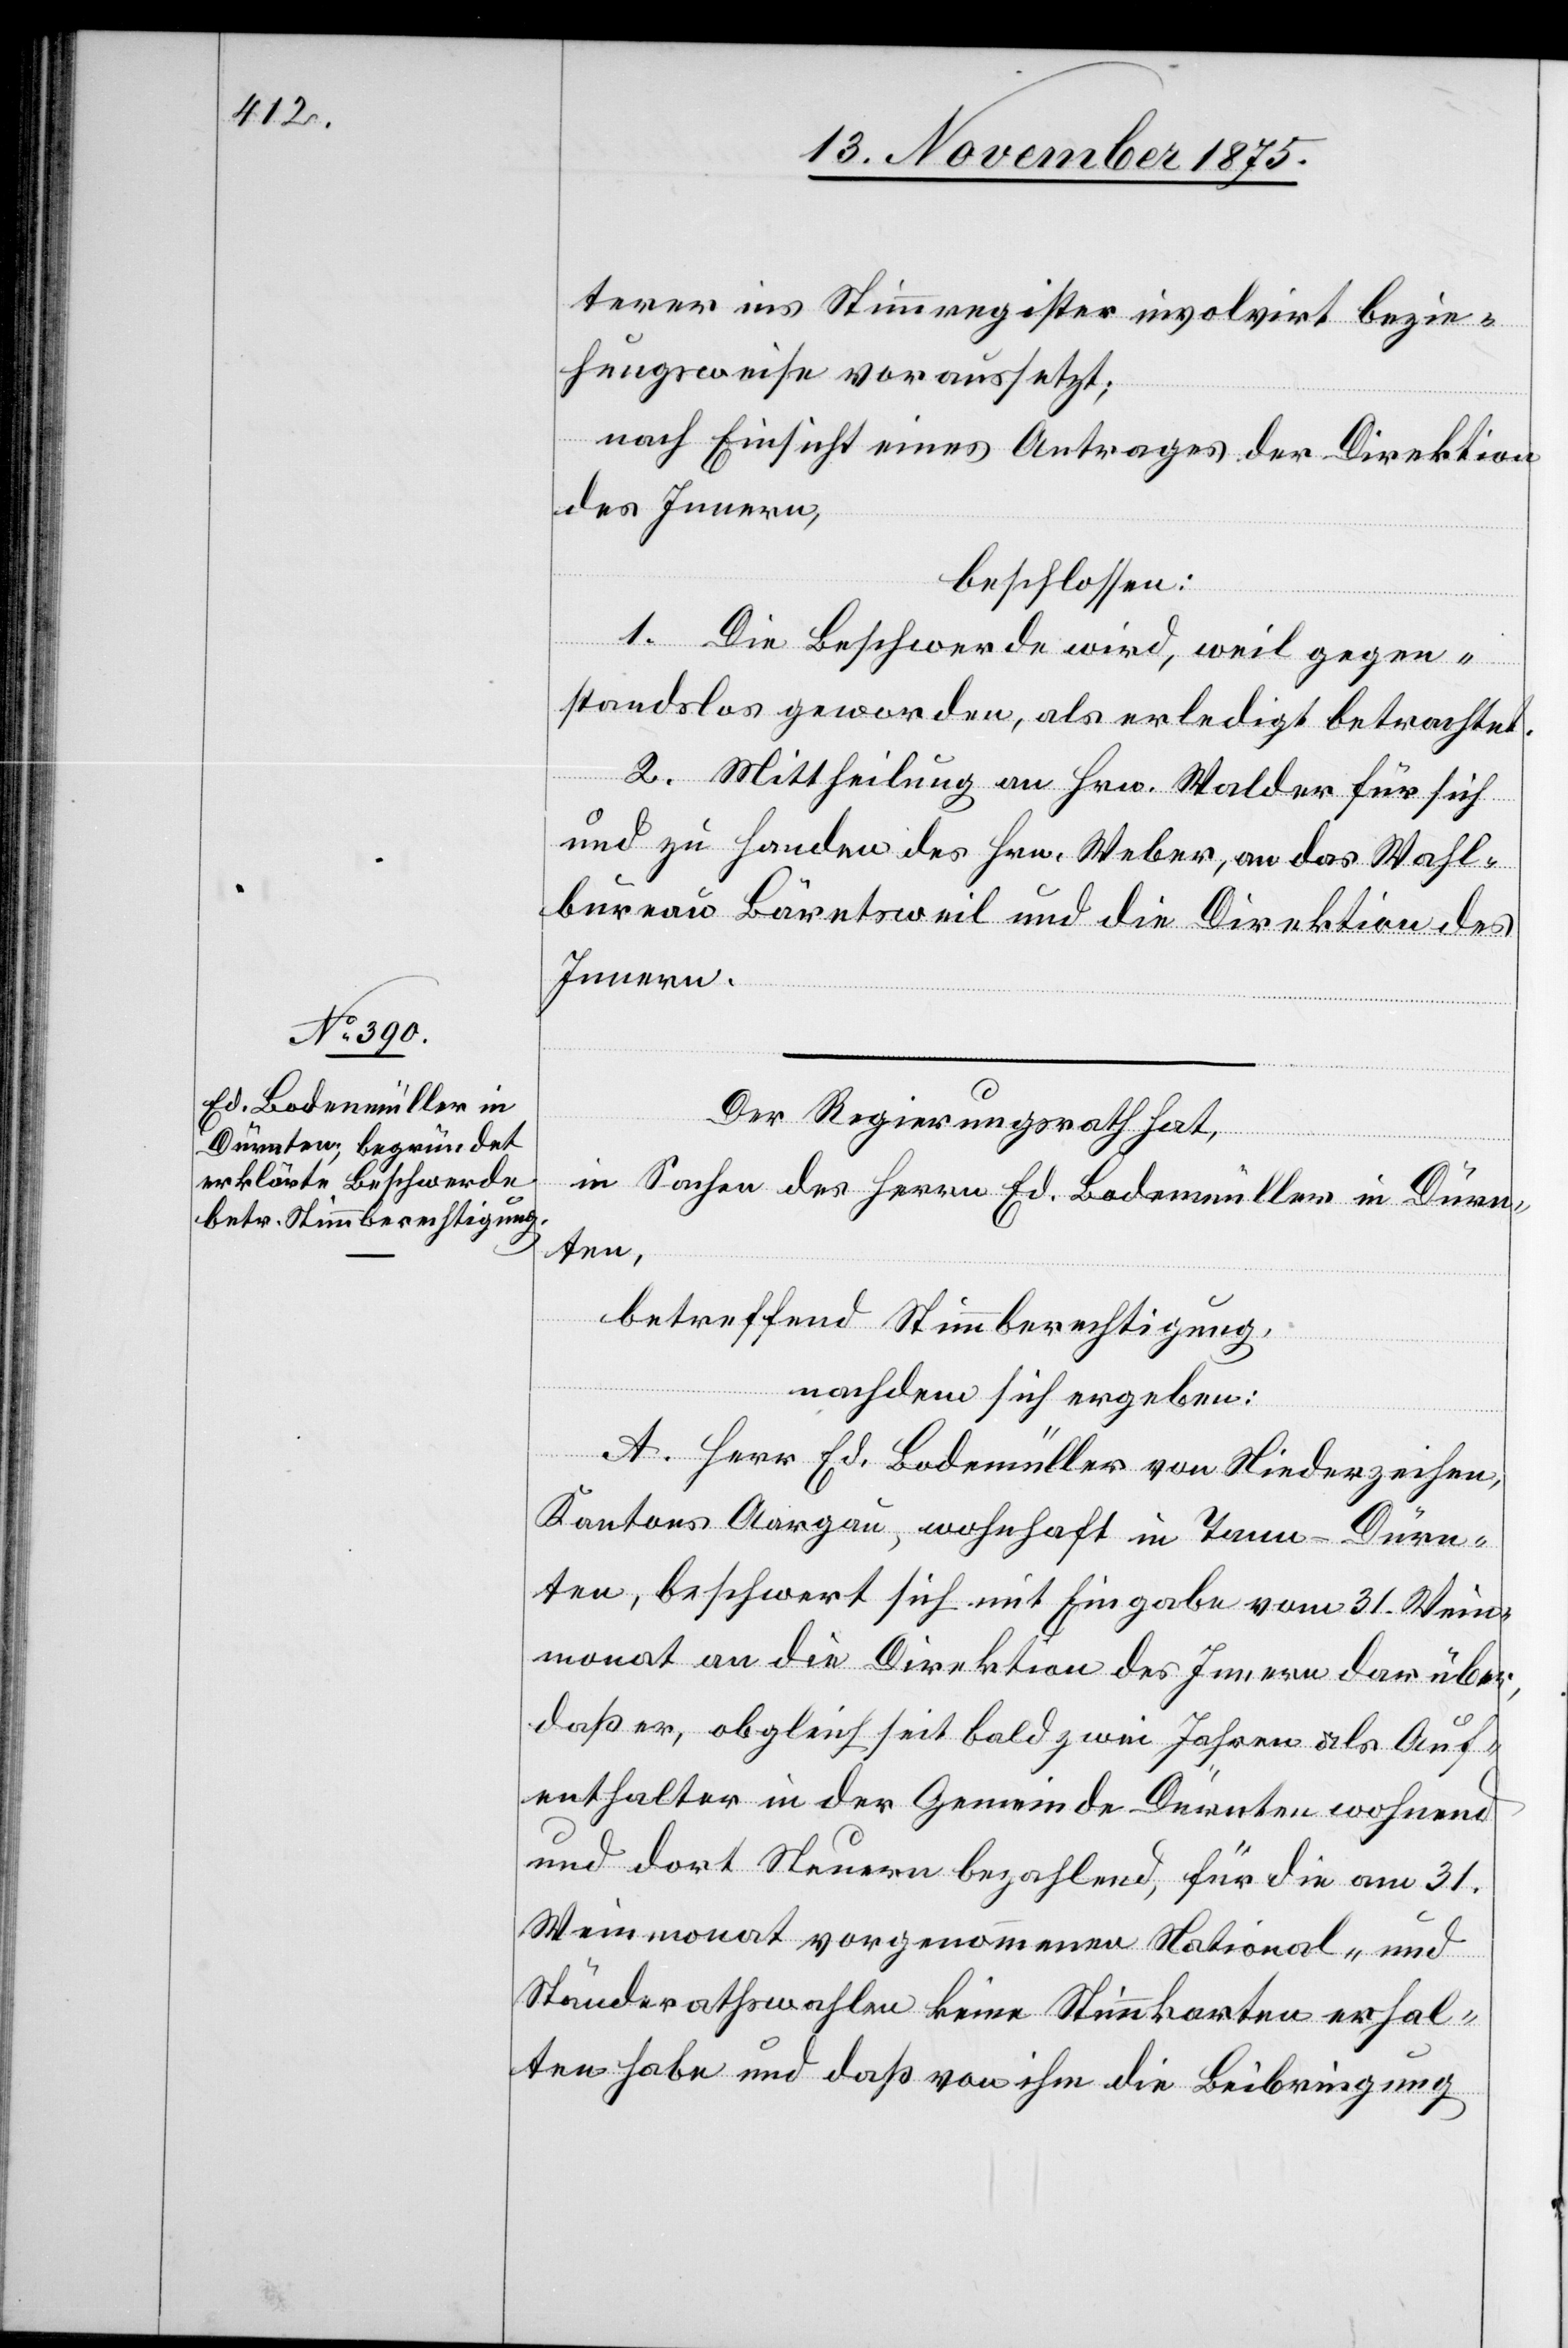
Ed. Bodemüller

terer ins Stimmregister involvirt bezie¬
hungsweise voraussetzt;
nach Einsicht eines Antrages der Direktion
des Innern,
beschlossen:
1. Die Beschwerde wird, weil gegen¬
standslos geworden, als erledigt betrachtet.
2. Mittheilung an Hrn. Walder für sich
und zu Handen des Hrn. Weber, an das Wahl¬
bureau Bäretsweil und die Direktion des
Innern.
derz¬
Der Regierungsrath hat,
in Sachen des Herrn Ed. Bodenmüller in Dürn¬
ten,
eihen,
betreffend Stimmberechtigung,
nachdem sich ergeben:
A.
Kantons Aargau, wohnhaft in Tann - Dürn¬
ten, beschwert sich mit Eingabe vom 31. Wein¬
monat an die Direktion des Innern darüber,
daß er, obgleich seit bald zwei Jahren als Auf¬
enthalter in der Gemeinde Dürnten wohnend
und dort Steuern bezahlend, für die am 31.
Weinmonat vorgenommenen National- und
Ständerathswahlen keine Stimmkarten erhal¬
ten habe und daß von ihm die Beibringung